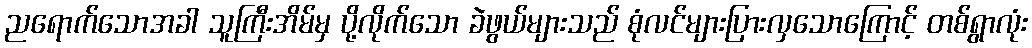
ညရောက်သောအခါ သူကြီးအိမ်မှ ပို့လိုက်သော ခဲဖွယ်များသည် စုံလင်များပြားလှသောကြောင့် တစ်ရွာလုံး